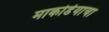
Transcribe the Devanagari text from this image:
माकोडेयाचा